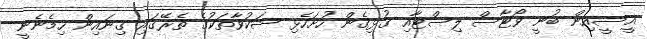
އީސީއިން ބުނީ ވޯޓާސް ލިސްޓާއި ގުޅިގެން ހުށަހެޅި ޝަކުވާތަކުގެ ތެރޭގައި ގިނައިން ހިމެނެނީ